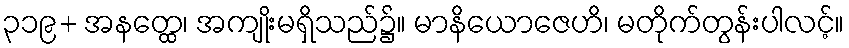
၃၁၉+ အနတ္ထေ၊ အကျိုးမရှိသည်၌။ မာနိယောဇေဟိ၊ မတိုက်တွန်းပါလင့်။